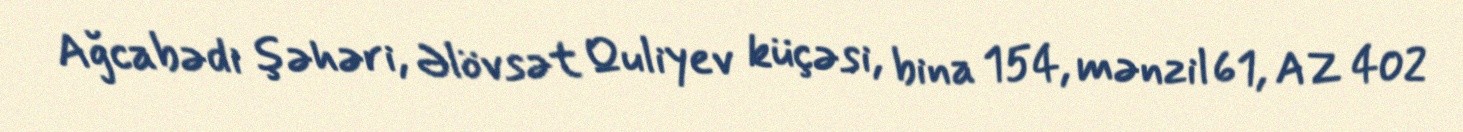
Ağcabədi şəhəri, Əlövsət Quliyev küçəsi, bina 154, mənzil 61, AZ 402